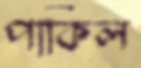
পাকিল